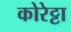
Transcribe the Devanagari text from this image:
कोरेट्टा